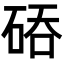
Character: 𮀙